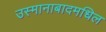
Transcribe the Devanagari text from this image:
उस्मानाबादमधिल